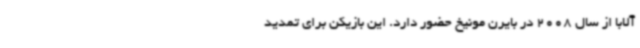
آلابا از سال 2008 در بایرن مونیخ حضور دارد. این بازیکن برای تمدید